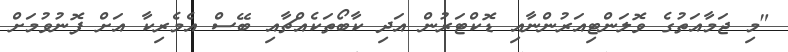
"މި ޖަމާއަތުގެ ވޮލަންޓިއަރުންނާއި ޑޮކްޓަރުން އަދި ކާބޯތަކެއްޗާއި ބޭސް އެމެރިކާ އަށް ފޮނުވުމަށް